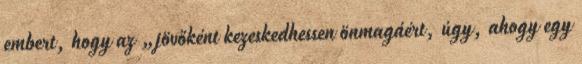
embert, hogy az „jövőként kezeskedhessen önmagáért, úgy, ahogy egy